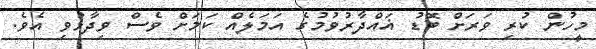
މީހުން ކުރި ވަރަށް ބޮޑު ޣައްދާރުވުމުގެ އަމަލެއް ކަމަށް ވެސް ވިދާޅުވި އެވެ.